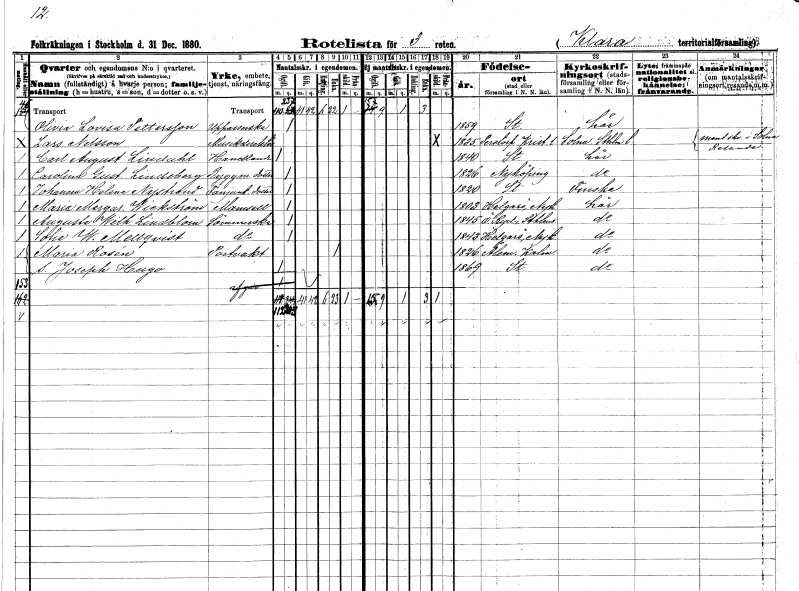
gt_parse: households: individuals: FN: Olivia Lovisa
EN: Pettersson
YRKE: Uppassare
KON: K
CIV: O
FODAR: 1859
FODFORS: Stockholm
FN: Lars
EN: Nilsson
YRKE: Musikdirektör
KON: M
CIV: X
FODAR: 1835
FODFORS: Perstorp Kristianstads län
FN: Carl August
EN: Lindahl
YRKE: Handlande
KON: M
CIV: O
FODAR: 1840
FODFORS: Stockholm
FN: Carolina Gustafva
EN: Lindeberg
YRKE: Byggmästaredotter
KON: K
CIV: O
FODAR: 1826
FODFORS: Nyköping Södermanlands län
FN: Johanna Helena
EN: Nystrand
YRKE: Fanjunkaredotter
KON: K
CIV: O
FODAR: 1820
FODFORS: Stockholm
FN: Maria Margareta
EN: Wickström
KON: K
CIV: O
FODAR: 1803
FODFORS: Helgarö Södermanlands län
FN: Augusta Wilhelmina
EN: Lindblom
YRKE: Sömmerska
KON: K
CIV: O
FODAR: 1845
FODFORS: Östra Ryd Stockholms län
FN: Sofia W.
EN: Mellqvist
YRKE: Sömmerska
KON: K
CIV: O
FODAR: 1843
FODFORS: Helgarö Södermanlands län
FN: Maria
EN: Rosén
YRKE: Portvakt
KON: K
CIV: E
FODAR: 1826
FODFORS: Ålem Kalmar län
FN: Joseph Hugo
KON: M
CIV: O
FODAR: 1869
FODFORS: Stockholm